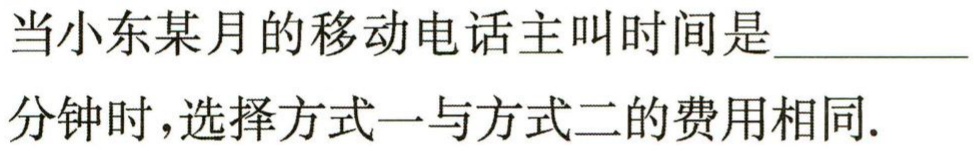
当小东某月的移动电话主叫时间是__________分钟时，选择方式一与方式二的费用相同.